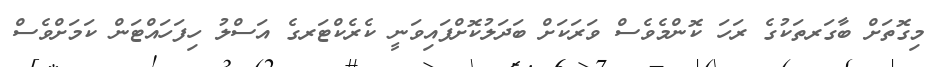
މިގޮތަށް ބާގަރތަކުގެ ރަހަ ކޮންމެވެސް ވަރަކަށް ބަދަލުކޮށްފައިވަނީ ކެރެކްޓަރގެ އަސްލު ހިފަހައްޓަން ކަމަށްވެސް